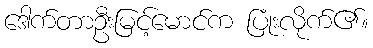
ဒေါက်တာဦးမြင့်မောင်က ပြုံးလိုက်၏။